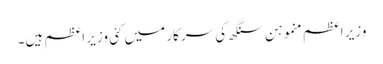
وزیر اعظم منموہن سنگھ کی سرکار میں کئی وزیر اعظم ہیں۔